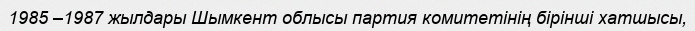
1985 –1987 жылдары Шымкент облысы партия комитетінің бірінші хатшысы,